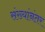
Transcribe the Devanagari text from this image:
संख्यांनंतर